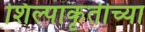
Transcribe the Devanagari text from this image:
शिल्पाकृतीच्या